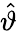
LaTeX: \hat{\vartheta}